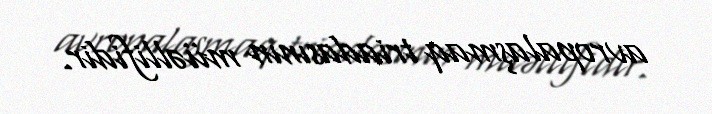
avropalaşmaq triadasının müəllifidir.